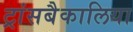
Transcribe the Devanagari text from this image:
ट्रांसबैकालिया